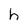
Character: h